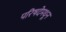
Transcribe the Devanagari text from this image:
परिषदेमधून